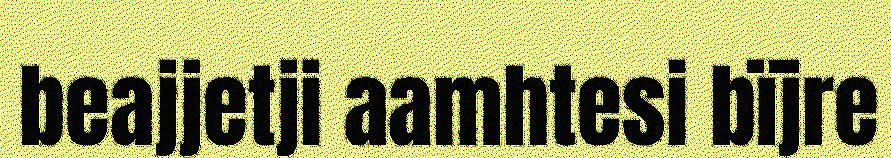
beajjetji aamhtesi bïjre